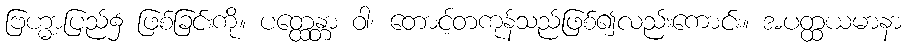
ဗြဟ္မာ့ပြည်၌ ဖြစ်ခြင်းကို။ ပတ္ထေန္တာ ဝါ၊ တောင့်တကုန်သည်ဖြစ်၍လည်းကောင်း။ အပတ္ထယမာနာ